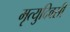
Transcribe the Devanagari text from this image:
मृत्युदिवसी